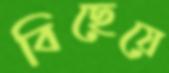
বিছেয়ে